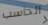
الحاسب